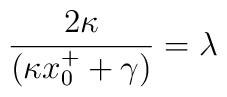
{2\kappa \over (\kappa x^{+}_{0} +\gamma)}=\lambda